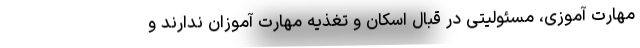
مهارت آموزی، مسئولیتی در قبال اسکان و تغذیه مهارت آموزان ندارند و